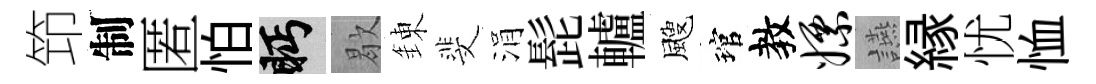
笻制匿怕眄歇錬斐涓髭轤颼琯教嫖讌縁忧恤